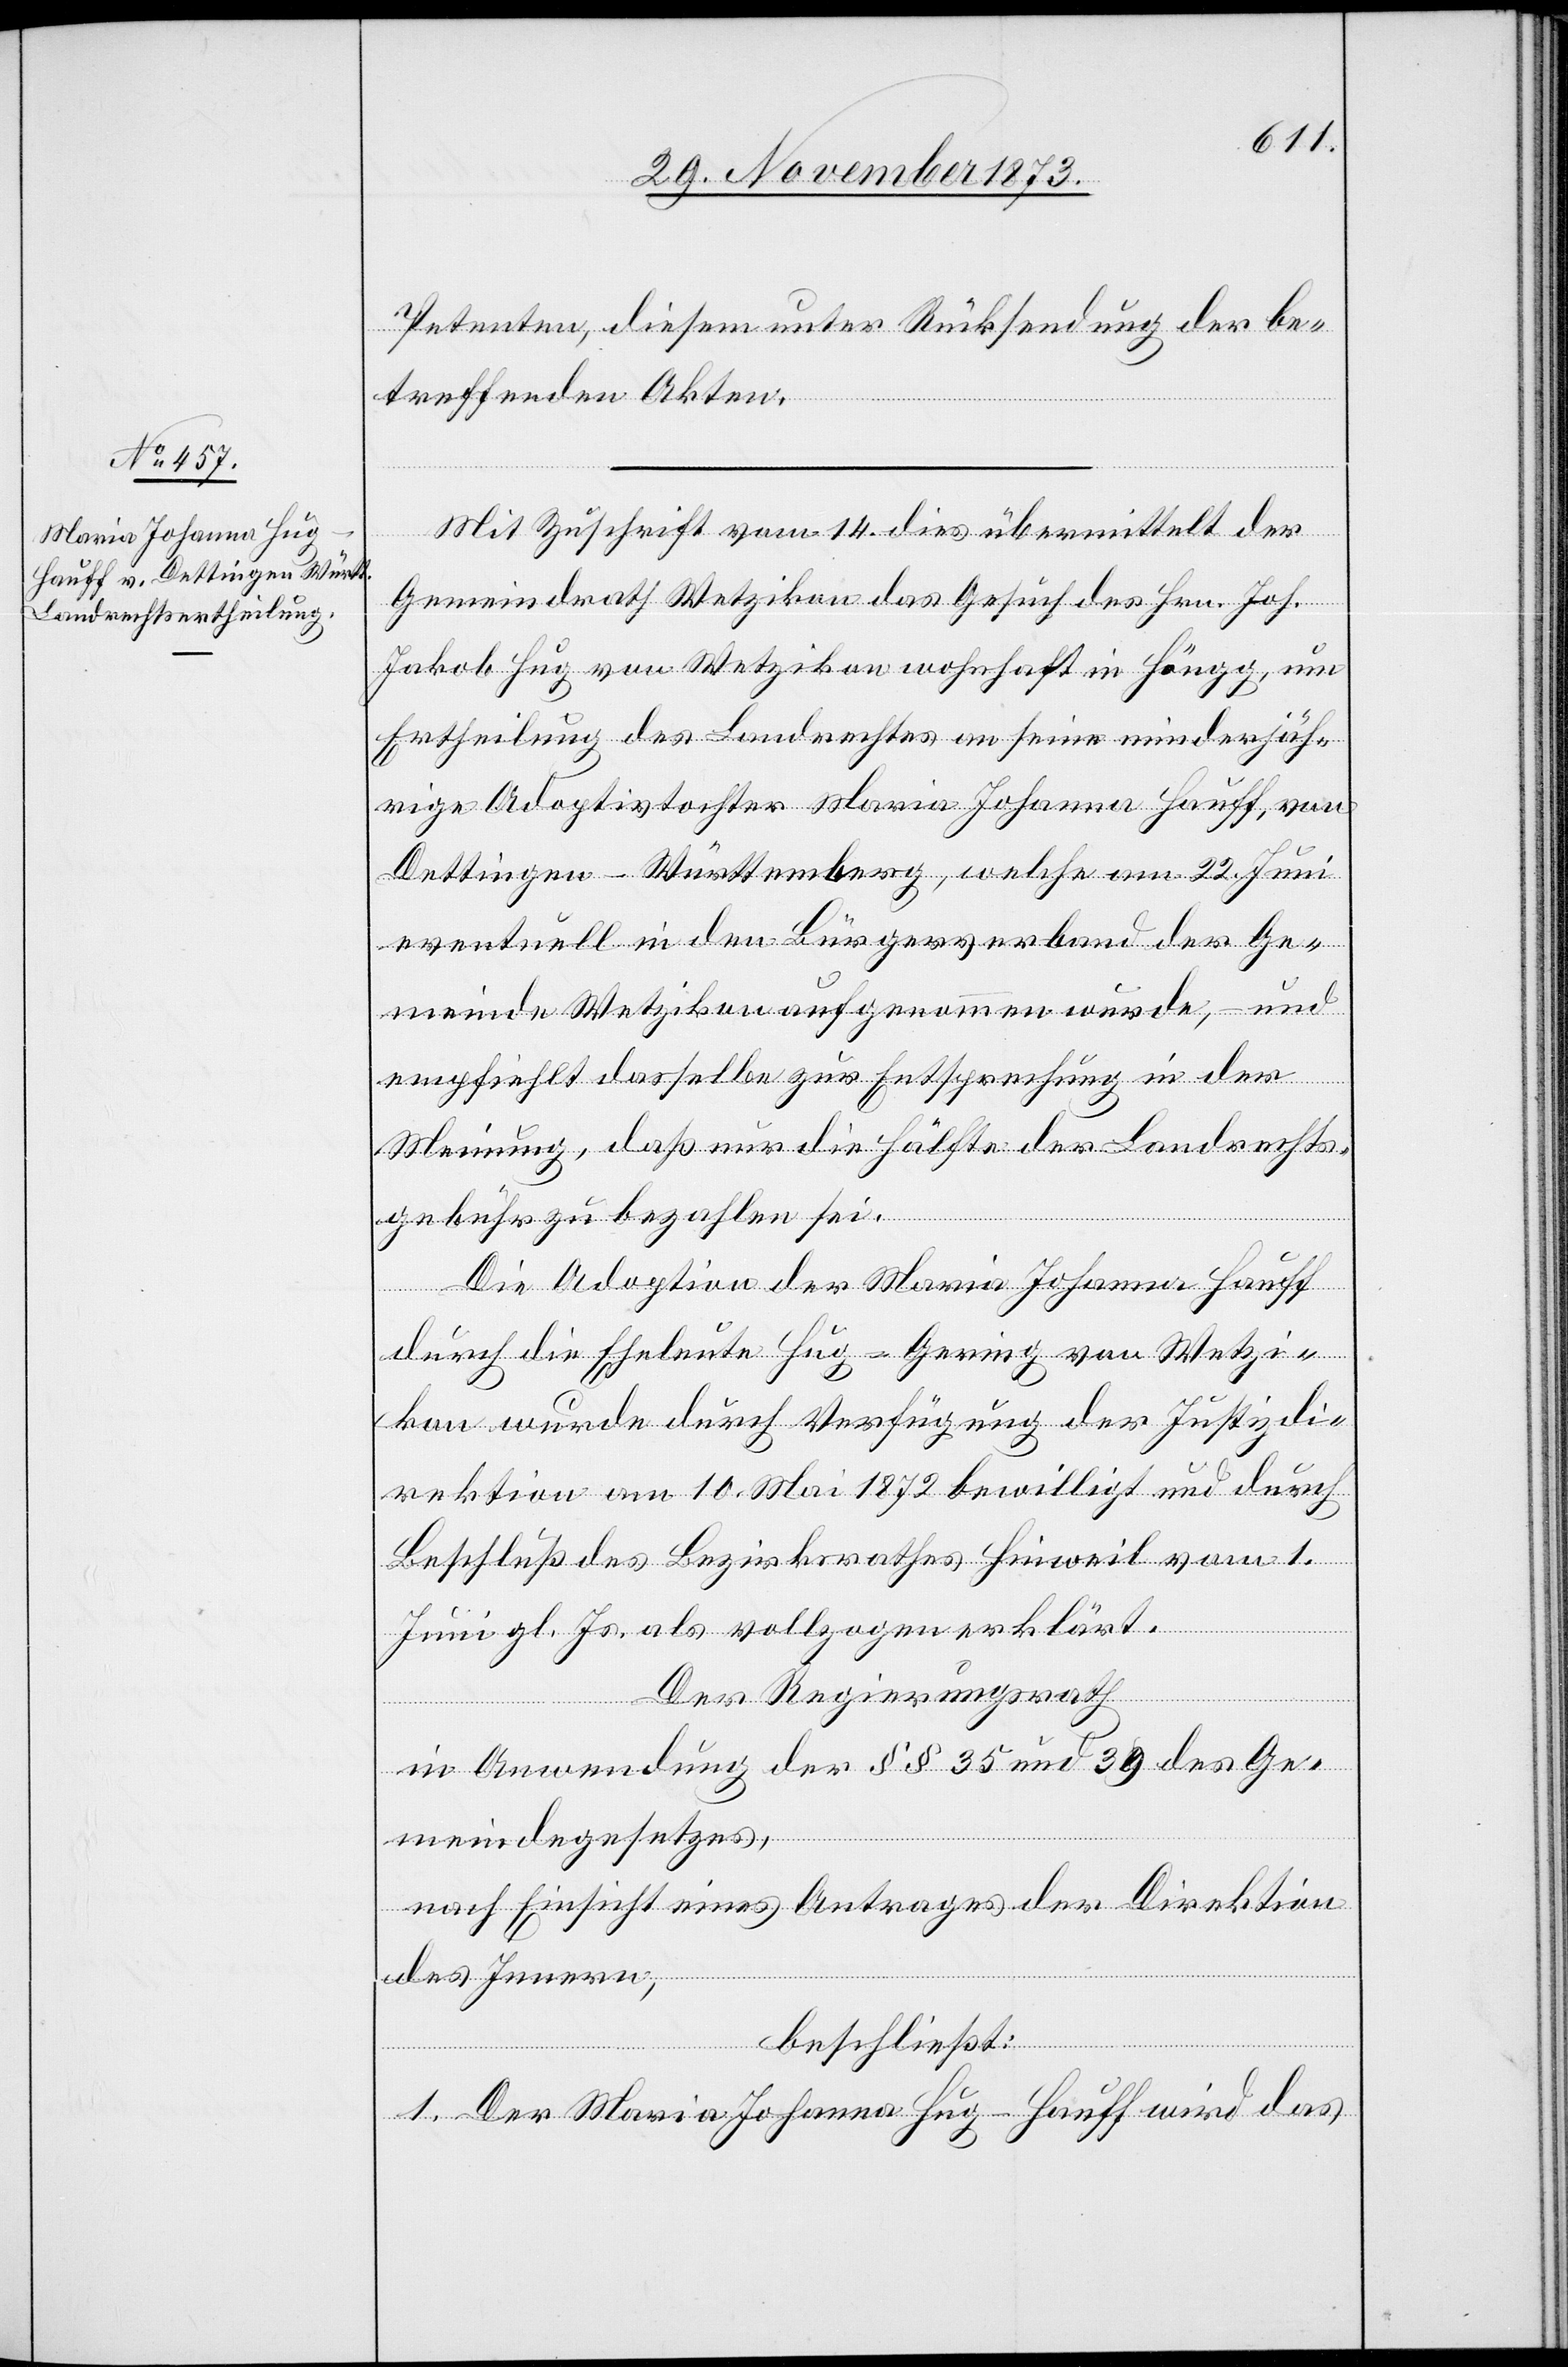
Petenten, diesem unter Rücksendung der be¬
treffenden Akten.
Mit Zuschrift vom 14. dies übermittelt der
Gemeindrath Wetzikon das Gesuch des Hrn. Joh.
Jakob Hug von Wetzikon wohnhaft in Höngg, um
Ertheilung des Landrechtes an seine minderjäh¬
rige Adoptivtochter Maria Johanna Hauff, von
Dettingen - Württemberg, welche am 22. Juni
eventuell in den Bürgerverband der Ge¬
meinde Wetzikon aufgenommen wurde, – und
empfiehlt dasselbe zur Entsprechung in der
Meinung, daß nur die Hälfte der Landrechts¬
gebühr zu bezahlen sei.
Die Adoption der Maria Johanna Hauff
durch die Eheleute Hug-Gering von Wetzi¬
kon wurde durch Verfügung der Justizdi¬
rektion am 10. Mai 1872 bewilligt und durch
Beschluß des Bezirksrathes Hinweil vom 1.
Juni gl. Js. als vollzogen erklärt.
Der Regierungsrath
in Anwendung der §§ 35 und 39 des Ge¬
meindegesetzes,
nach Einsicht eines Antrages der Direktion
des Innern,
beschließt:
1. Der Maria Johanna Hug-Hauff wird das